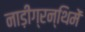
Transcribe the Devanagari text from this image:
नाड़ीग्रन्थिमें